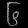
Digit: ၆